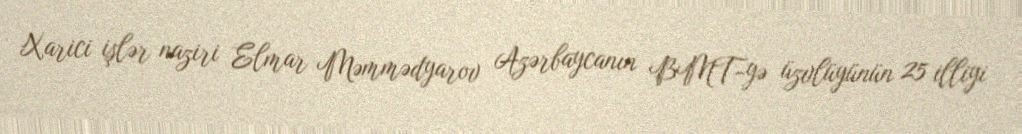
Xarici işlər naziri Elmar Məmmədyarov Azərbaycanın BMT-yə üzvlüyünün 25 illiyi